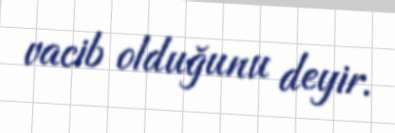
vacib olduğunu deyir.